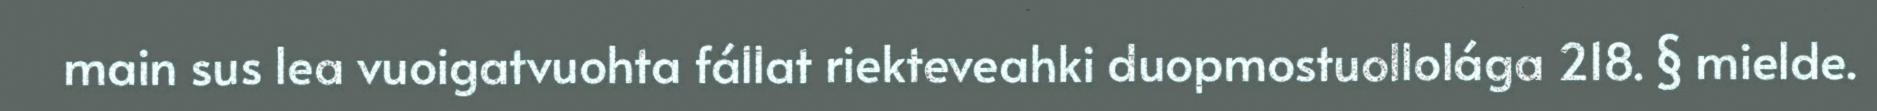
main sus lea vuoigatvuohta fállat riekteveahki duopmostuollolága 218. § mielde.